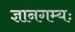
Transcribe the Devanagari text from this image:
ज्ञानगम्यः